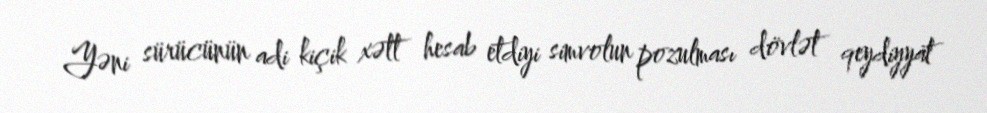
Yəni sürücünün adi kiçik xətt hesab etdiyi simvolun pozulması dövlət qeydiyyat